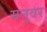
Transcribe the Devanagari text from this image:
मनुवर